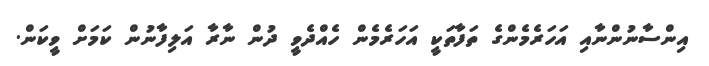
އިންސާނުންނާއި އަހަރެމެންގެ ތަފާތަކީ އަހަރެމެން ހެއްދެވީ ދުން ނާރާ އަލިފާނުން ކަމަށް ވީކަން.